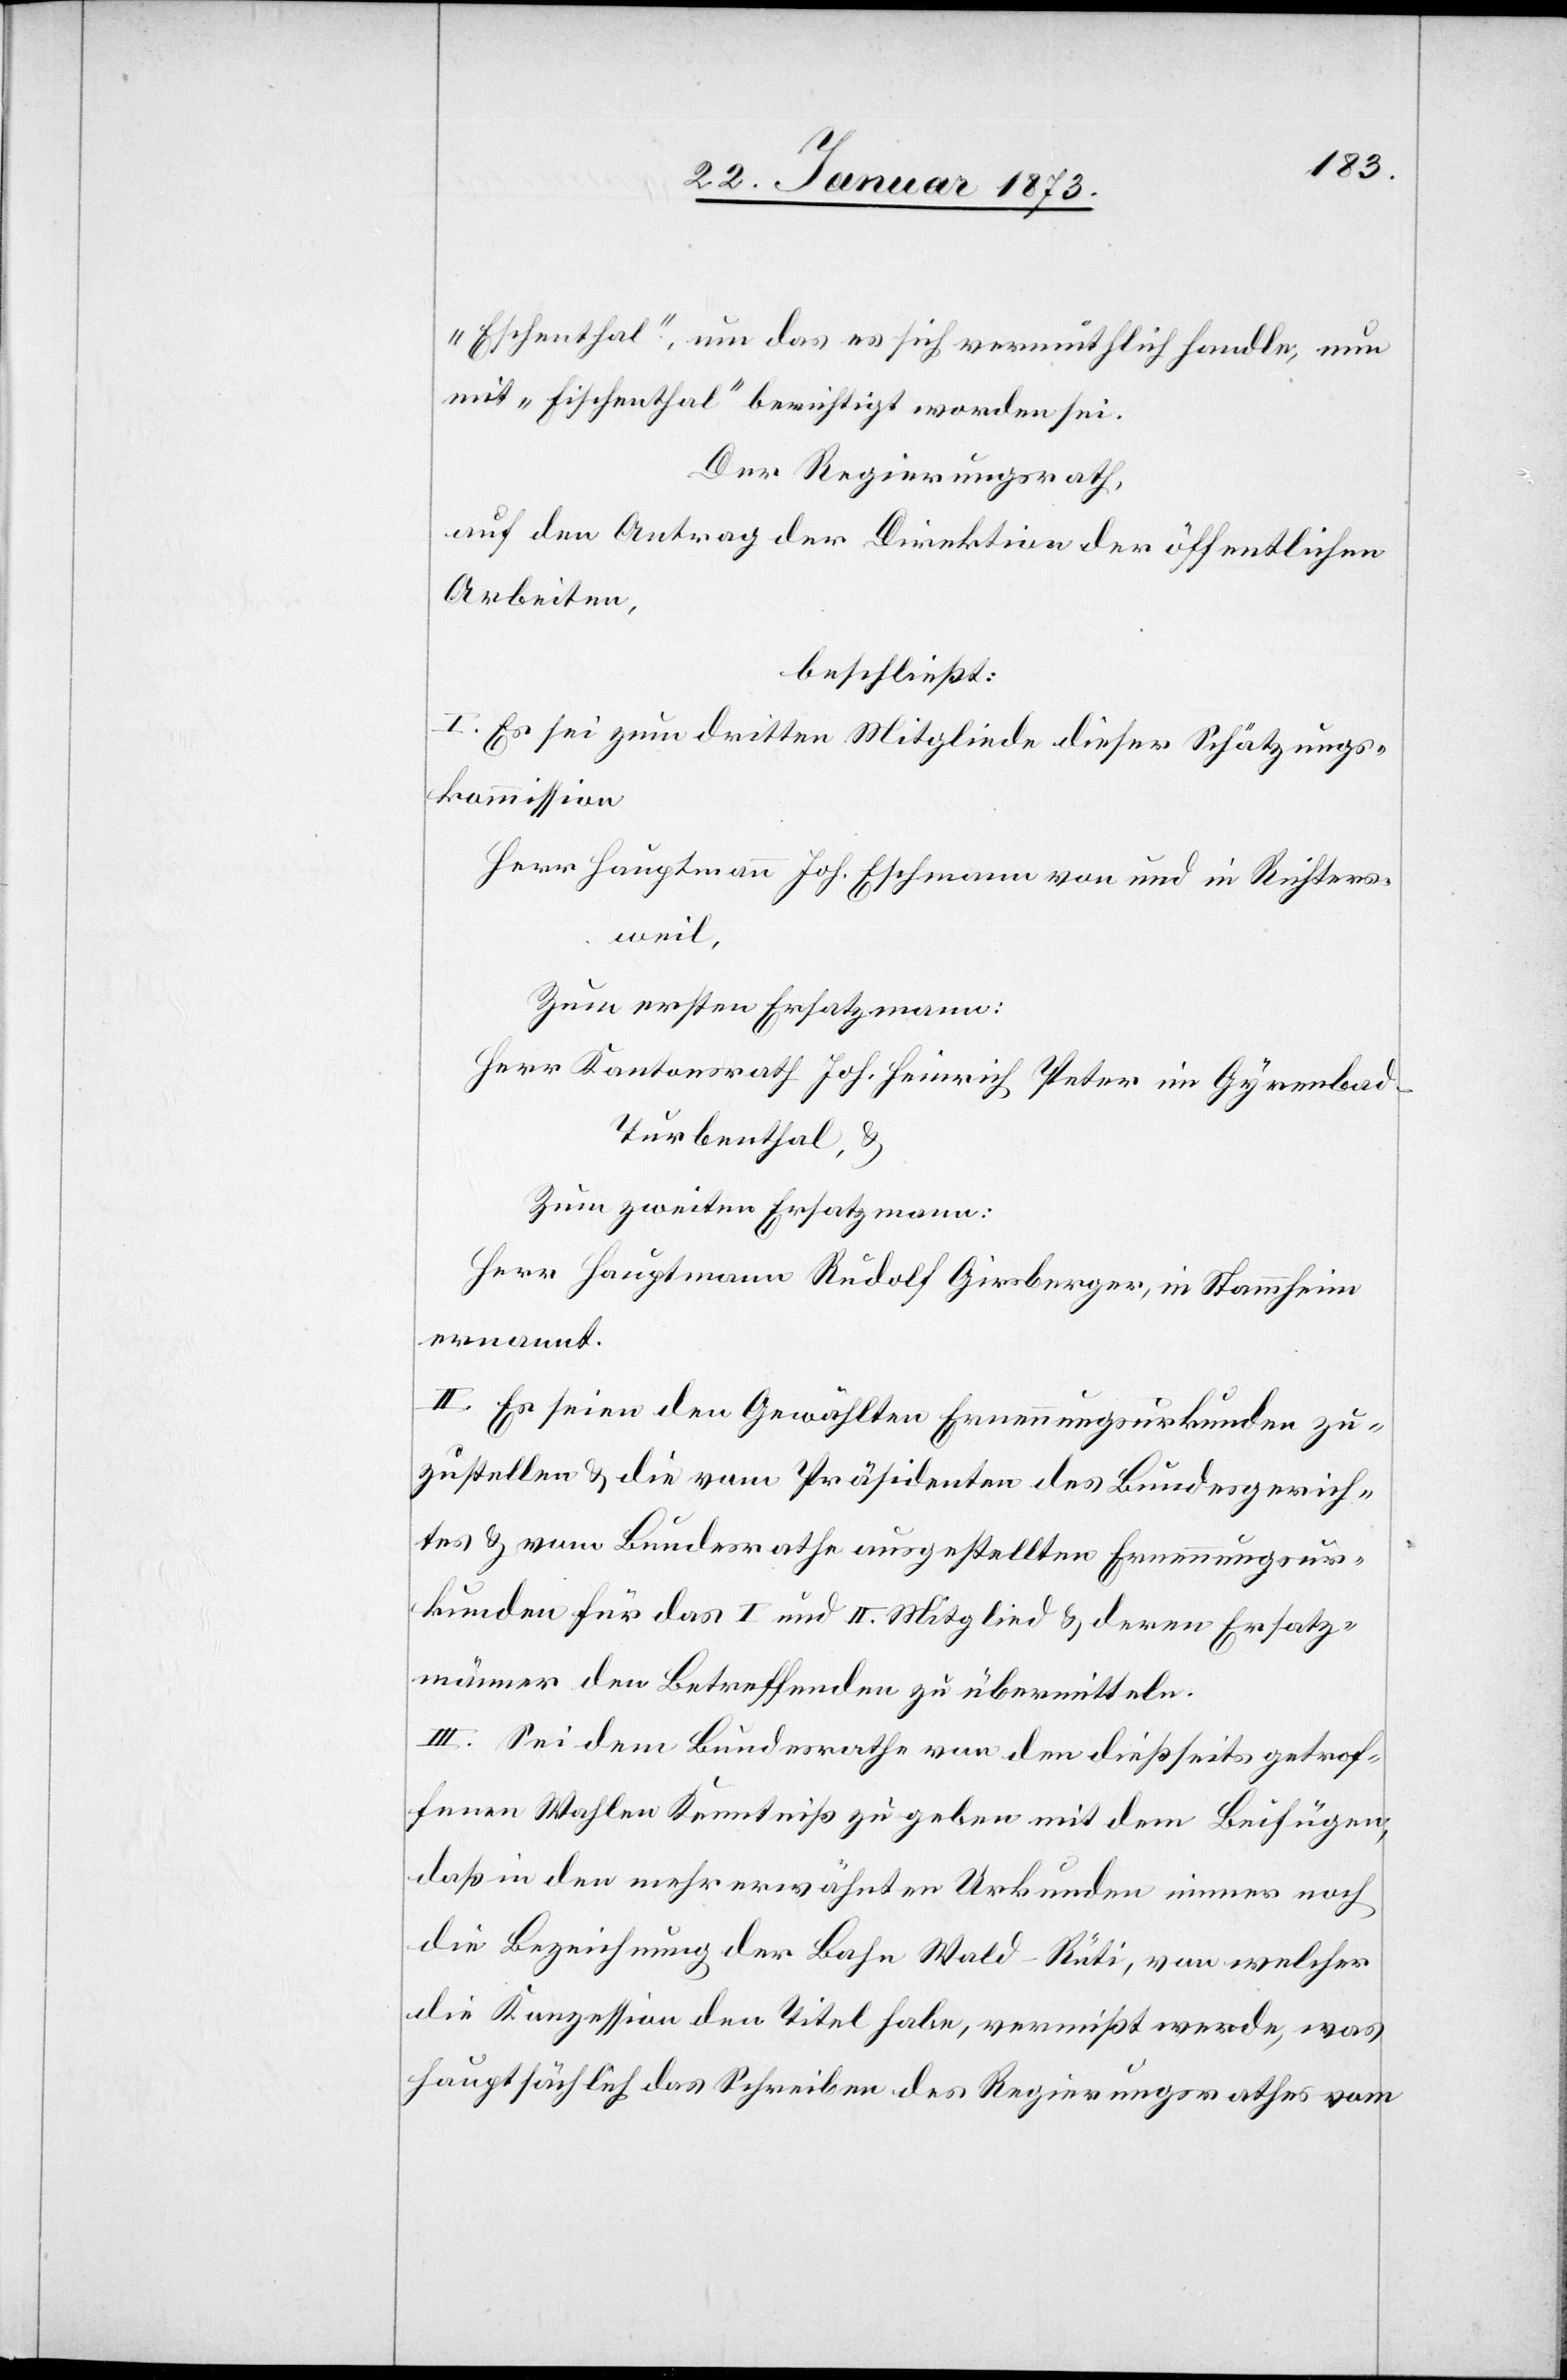
„Eschenthal“, um das es sich vermuthlich handle, nun
mit „Fischenthal“ berichtigt worden sei.
Der Regierungsrath,
auf den Antrag der Direktion der öffentlichen
Arbeiten,
beschließt:
I. Es sei zum dritten Mitgliede dieser Schätzungs¬
kommission
Herr Hauptmann Joh. Eschmann von und in Richters¬
weil,
Zum ersten Ersatzmann:
Herr Kantonsrath Joh. Heinrich Peter im Gyrenbad
Turbenthal, u.
Zum zweiten Ersatzmann:
Herr Hauptmann Rudolf Girsberger, in Stammheim
ernannt.
II. Es seien den Gewählten Ernennungsurkunden zu¬
zustellen u. die vom Präsidenten des Bundesgerich¬
tes u. vom Bundesrathe ausgestellten Ernennungsur¬
kunden für das I und II. Mitglied u. deren Ersatz¬
männer den Betreffenden zu übermitteln.
III. Sei dem Bundesrathe von den dießseits getrof¬
fenen Wahlen Kenntniß zu geben mit dem Beifügen,
daß in den mehrerwähnten Urkunden immer noch
die Bezeichnung der Bahn Wald–Rüti, von welcher
die Konzession den Titel habe, vermißt werde, was
hauptsächlich das Schreiben des Regierungsrathes vom